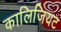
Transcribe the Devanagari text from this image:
कालिजियट